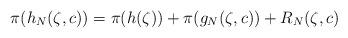
LaTeX: \begin{align*}\pi(h_N(\zeta,c)) = \pi(h(\zeta)) + \pi(g_N(\zeta,c)) + R_N(\zeta,c)\end{align*}